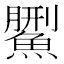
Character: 𩺄